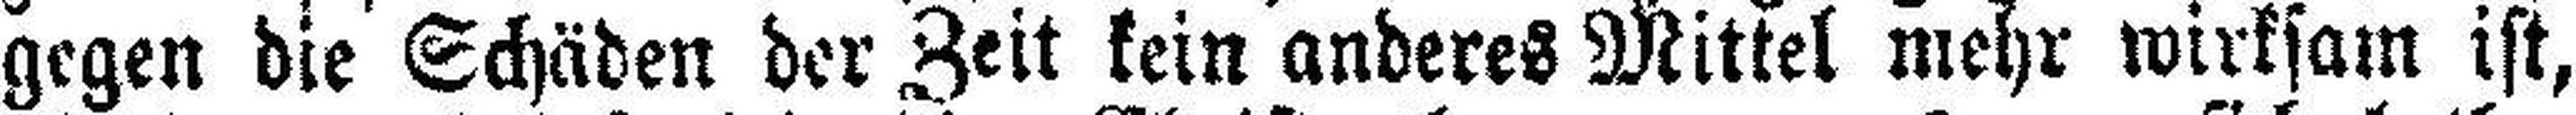
gegen die Schäden der Zeit kein anderes Mittel mehr wirksam ist,